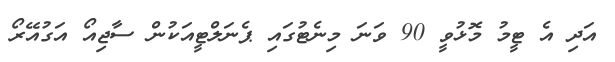
އަދި އެ ޓީމު މޮޅުވީ 90 ވަނަ މިނެޓުގައި ޕެނަލްޓީއަކުން ސާޖިއޯ އަގުއޭރޯ